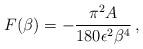
LaTeX: \begin{align*}{}F(\beta)=-{\pi^2 A\over 180\epsilon^2\beta^4}\,,\end{align*}